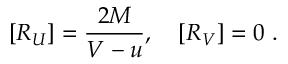
[ R _ { U } ] = \frac { 2 M } { V - u } , \quad [ R _ { V } ] = 0 \ .